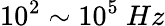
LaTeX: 10^{2}\sim 10^{5}~Hz